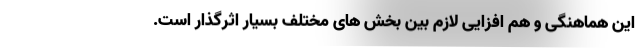
این هماهنگی و هم افزایی لازم بین بخش های مختلف بسیار اثرگذار است.